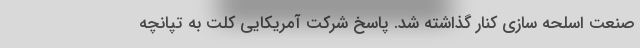
صنعت اسلحه سازی کنار گذاشته شد. پاسخ شرکت آمریکایی کلت به تپانچه